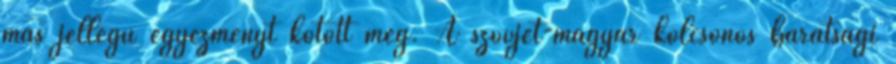
más jellegű egyezményt kötött meg. A szovjet-magyar kölcsönös barátsági